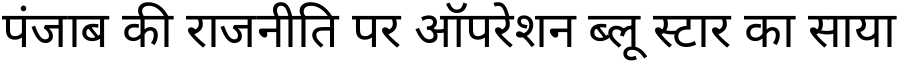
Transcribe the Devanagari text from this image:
पंजाब की राजनीति पर ऑपरेशन ब्लू स्टार का साया